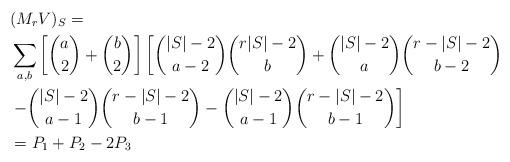
LaTeX: \begin{align*}&(M_r{V})_S=\\&\sum_{a,b}\left [\binom{a}{2} + \binom{b}{2} \right ] \left [ \binom{|S|-2}{a-2} \binom{r|S|-2}{b} + \binom{|S|-2}{a} \binom{r-|S|-2}{b-2} \right . \\&\left . -\binom{|S|-2}{a-1}\binom{r-|S|-2}{b-1}-\binom{|S|-2}{a-1}\binom{r-|S|-2}{b-1}\right ]\\&=P_1+P_2-2P_3\end{align*}